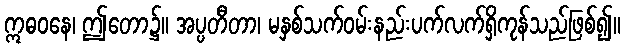
ဣဓဝနေ၊ ဤတော၌။ အပ္ပတီတာ၊ မနှစ်သက်ဝမ်းနည်းပက်လက်ရှိကုန်သည်ဖြစ်၍။